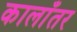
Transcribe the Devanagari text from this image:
कालाँतर